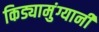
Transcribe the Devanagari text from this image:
किड्यामुंग्यानी